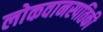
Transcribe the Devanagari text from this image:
लोकवानस्पतिकी